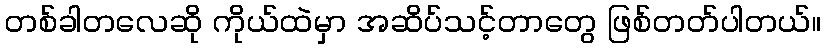
တစ်ခါတလေဆို ကိုယ်ထဲမှာ အဆိပ်သင့်တာတွေ ဖြစ်တတ်ပါတယ်။